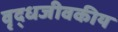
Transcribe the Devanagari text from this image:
वृद्धजीवकीय